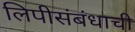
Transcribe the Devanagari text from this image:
लिपीसंबंधाची